Indian journal of veterinary science and animal husbandry - Volumes 18-21, 1948-1951
Year: 1948
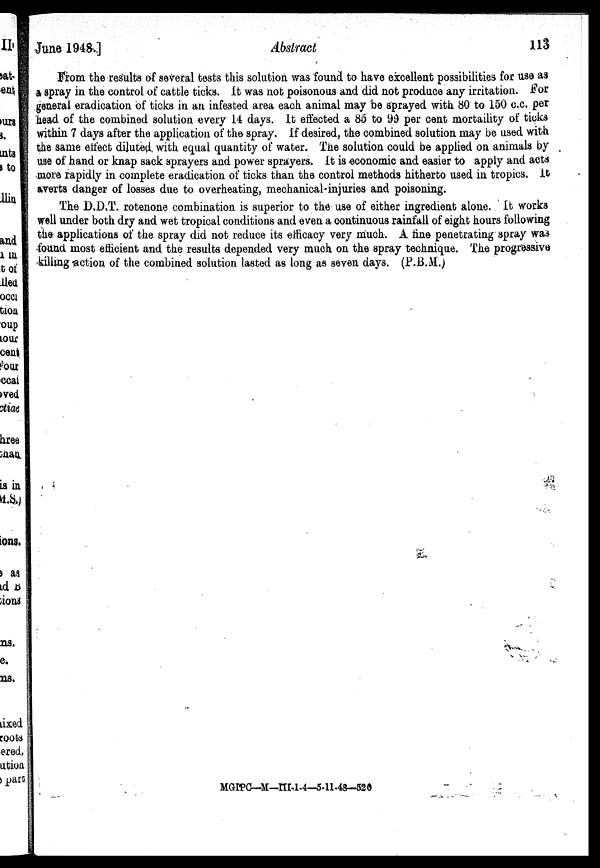
June 1948.]
Abstract
113
From the results of several tests this solution was found to have excellent possibilities for use as
a spray in the control of cattle ticks. It was not poisonous and did not produce any irritation. For
general eradication of ticks in an infested area each animal may be sprayed with 80 to 150 c.c. per
head of the combined solution every 14 days. It effected a 85 to 99 per cent mortaility of ticks
within 7 days after the application of the spray. If desired, the combined solution may be used with
the same effect diluted with equal quantity of water. The solution could be applied on animals by
use of hand or knap sack sprayers and power sprayers. It is economic and easier to apply and acts
more rapidly in complete eradication of ticks than the control methods hitherto used in tropics. It
averts danger of losses due to overheating, mechanical-injuries and poisoning.
The D.D.T. rotenone combination is superior to the use of either ingredient alone. It works
well under both dry and wet tropical conditions and even a continuous rainfall of eight hours following
the applications of the spray did not reduce its efficacy very much. A fine penetrating spray was
found most efficient and the results depended very much on the spray technique. The progressive
killing action of the combined solution lasted as long as seven days. (P.B.M.)
MGIPC—M—III-1-4—5-11-48—520